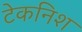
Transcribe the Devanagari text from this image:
टेकनिश